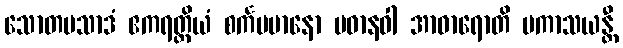
သောတပသာဒံ ဧကရတ္တိယံ စင်္ကမမာနော ပဓာနဝါ အာဓာရောတိ ပကာသယန္တီ